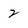
Character: 2